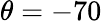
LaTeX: \theta=-70